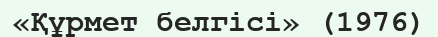
«Құрмет белгісі» (1976)